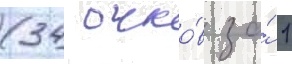
(34 очко́в за́ 1